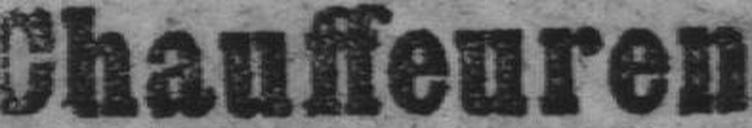
Shauffeuren